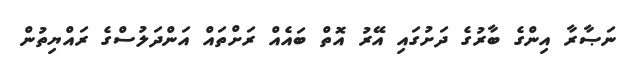
ނަޞާރާ އިންގެ ބާރުގެ ދަށުގައި އޭރު އޮތް ބައެއް ރަށްތައް އަންދަލުސްގެ ރައްޔިތުން